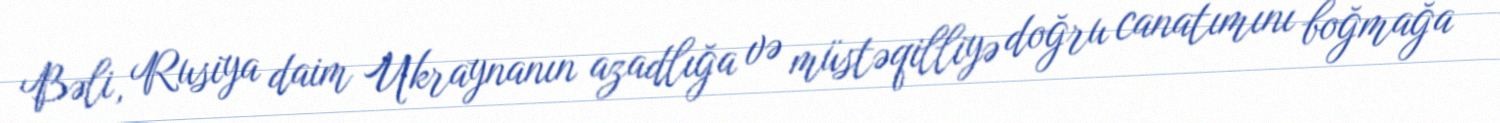
Bəli, Rusiya daim Ukraynanın azadlığa və müstəqilliyə doğru canatımını boğmağa